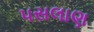
પસલાણ